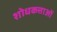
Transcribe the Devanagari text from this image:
शोधकत्ताओं